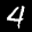
Label: 4